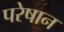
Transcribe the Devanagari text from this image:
परेषान